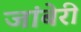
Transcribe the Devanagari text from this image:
जांबेरी